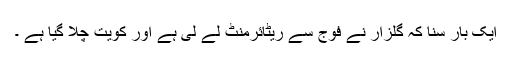
ایک بار سنا کہ گلزار نے فوج سے ریٹائرمنٹ لے لی ہے اور کویت چلا گیا ہے ۔